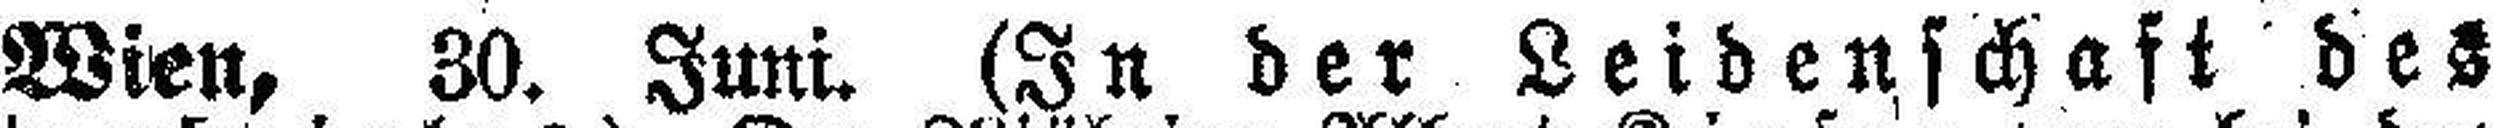
Wien, 30. Juni. (In der Leidenschaft des